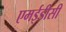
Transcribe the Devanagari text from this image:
एमईडीसी